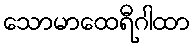
သောမာထေရီဂါထာ